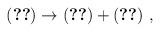
LaTeX: \begin{align*}(\ref{zerof}) \rightarrow (\ref{zerof}) + (\ref{szerof}) ~ ,\end{align*}